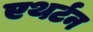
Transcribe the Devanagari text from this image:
एथर्टन